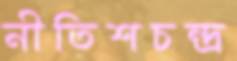
নীতিশচন্দ্র